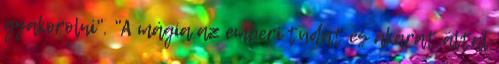
gyakorolni". "A mágia az emberi tudat és akarat által